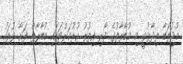
މުޖުތަބާ ވިދާޅުވީ މި މުބާރާތުގެ ފޯރި އިތުރު ކުރުމަށްޓަކައި މުބާރާތް ފަށާ ދުވަހު